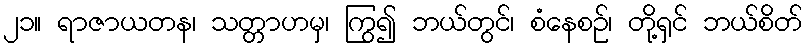
၂၁။ ရာဇာယတန၊ သတ္တာဟမှ၊ ကြွ၍ ဘယ်တွင်၊ စံနေစဉ်၊ တို့ရှင် ဘယ်စိတ်